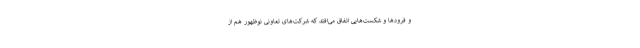
و فرودها و شکست‌هایی اتفاق می‌افتد که شرکت‌های تعاونی نوظهور هم از